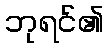
ဘုရင်၏